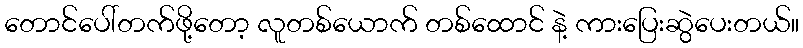
တောင်ပေါ်တက်ဖို့တော့ လူတစ်ယောက် တစ်ထောင် နဲ့ ကားပြေးဆွဲပေးတယ်။